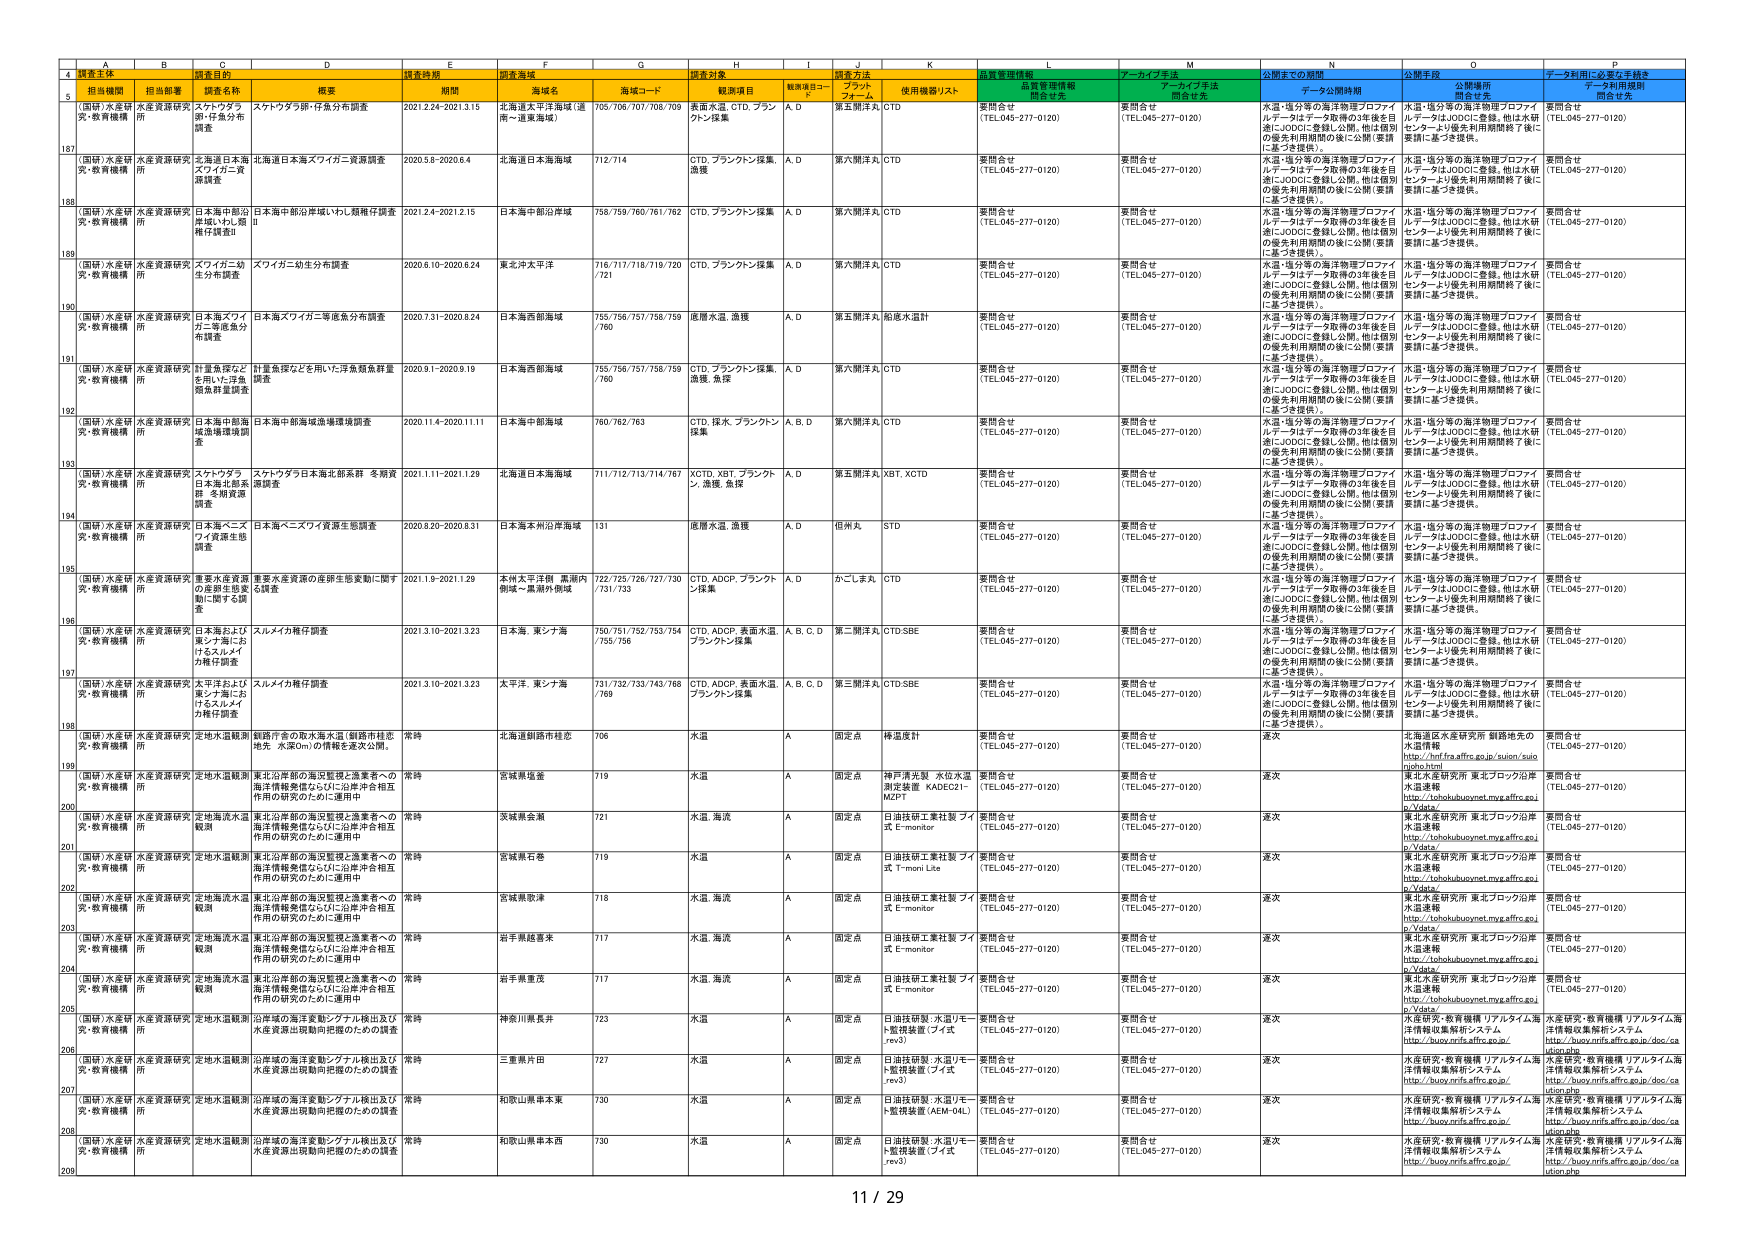
4 調査主体 調査目的 調査時期 調査海域 調査対象 調査方法 品質管理情報 アーカイブ方法 公開までの期間 公開手段 データ利用に必要な手続き
5 担当機関 担当部署 調査名称 概要 期間 海域名 海域コード 観測項目 観測項目コード プラット フォーム 使用機器/リスト 開示有無 開示有無 データ公開時期 公開場所 データ利用規程
187 （国研）水産研 究・教育機構 水産資源研究 所 北海道日本海 スフィンクス資 源調査 北海道日本海スフィンクス資源調査 2020.5.8-2020.6.4 北海道日本海海域 712/714 CTD、プランクトン採集、 漁獲 A, D 第六開洋丸 CTD 要問合せ （TEL.045-277-0120） 要問合せ （TEL.045-277-0120） 水温・塩分等の海洋物理プロファイ ルデータはデータ取得の3年後を目 指しJODCに登録し公開。他は個別 の優先利用期間の後に公開（要請 に基づき提供）。 水温・塩分等の海洋物理プロファイ ルデータはJODCに登録。他は水研 センターより優先利用期間終了後に 要請に基づき提供。 要問合せ （TEL.045-277-0120）
188 （国研）水産研 究・教育機構 水産資源研究 所 日本海中部沿 岸域いわし親 鯛仔謹査 日本海中部沿岸域いわし親鯛仔調査 2021.2.4-2021.2.15 日本海中部沿岸域 758/759/760/761/762 CTD、プランクトン採集 A, D 第六開洋丸 CTD 要問合せ （TEL.045-277-0120） 要問合せ （TEL.045-277-0120） 水温・塩分等の海洋物理プロファイ ルデータはデータ取得の3年後を目 指しJODCに登録し公開。他は個別 の優先利用期間の後に公開（要請 に基づき提供）。 水温・塩分等の海洋物理プロファイ ルデータはJODCに登録。他は水研 センターより優先利用期間終了後に 要請に基づき提供。 要問合せ （TEL.045-277-0120）
189 （国研）水産研 究・教育機構 水産資源研究 所 スフィンクス幼 生分布調査 スフィグニ幼生分布調査 2020.6.10-2020.6.24 東北沖太平洋 716/717/718/719/720 /721 CTD、プランクトン採集 A, D 第六開洋丸 CTD 要問合せ （TEL.045-277-0120） 要問合せ （TEL.045-277-0120） 水温・塩分等の海洋物理プロファイ ルデータはデータ取得の3年後を目 指しJODCに登録し公開。他は個別 の優先利用期間の後に公開（要請 に基づき提供）。 水温・塩分等の海洋物理プロファイ ルデータはJODCに登録。他は水研 センターより優先利用期間終了後に 要請に基づき提供。 要問合せ （TEL.045-277-0120）
190 （国研）水産研 究・教育機構 水産資源研究 所 日本海スフィ グニ等底魚分 布調査 日本海スフィグニ等底魚分布調査 2020.7.21-2020.8.24 日本海西部海域 755/756/757/758/759 /760 底層水温、漁獲 A, D 第五開洋丸 船載水温計 要問合せ （TEL.045-277-0120） 要問合せ （TEL.045-277-0120） 水温・塩分等の海洋物理プロファイ ルデータはデータ取得の3年後を目 指しJODCに登録し公開。他は個別 の優先利用期間の後に公開（要請 に基づき提供）。 水温・塩分等の海洋物理プロファイ ルデータはJODCに登録。他は水研 センターより優先利用期間終了後に 要請に基づき提供。 要問合せ （TEL.045-277-0120）
191 （国研）水産研 究・教育機構 水産資源研究 所 計量魚探など を用いた浮魚 類魚群調査 計量魚探などを用いた浮魚類魚群量 調査 2020.9.1-2020.9.19 日本海西部海域 755/756/757/758/759 /760 CTD、プランクトン採集、 漁獲、魚探 A, D 第六開洋丸 CTD 要問合せ （TEL.045-277-0120） 要問合せ （TEL.045-277-0120） 水温・塩分等の海洋物理プロファイ ルデータはデータ取得の3年後を目 指しJODCに登録し公開。他は個別 の優先利用期間の後に公開（要請 に基づき提供）。 水温・塩分等の海洋物理プロファイ ルデータはJODCに登録。他は水研 センターより優先利用期間終了後に 要請に基づき提供。 要問合せ （TEL.045-277-0120）
192 （国研）水産研 究・教育機構 水産資源研究 所 日本海中部海 域漁場環境調 査 日本海中部海域漁場環境調査 2020.11.4-2020.11.11 日本海中部海域 760/762/763 CTD、採水、プランクトン 採集 A, B, D 第六開洋丸 CTD 要問合せ （TEL.045-277-0120） 要問合せ （TEL.045-277-0120） 水温・塩分等の海洋物理プロファイ ルデータはデータ取得の3年後を目 指しJODCに登録し公開。他は個別 の優先利用期間の後に公開（要請 に基づき提供）。 水温・塩分等の海洋物理プロファイ ルデータはJODCに登録。他は水研 センターより優先利用期間終了後に 要請に基づき提供。 要問合せ （TEL.045-277-0120）
193 （国研）水産研 究・教育機構 水産資源研究 所 スケトウダラ 日本海北部系 群・冬期資源 調査 スケトウダラ日本海北部系群 冬期資 源調査 2021.1.11-2021.1.29 北海道日本海海域 711/712/713/714/767 XCTD、XBT、プランクト ン、漁獲、魚探 A, D 第五開洋丸 XBT、XCTD 要問合せ （TEL.045-277-0120） 要問合せ （TEL.045-277-0120） 水温・塩分等の海洋物理プロファイ ルデータはデータ取得の3年後を目 指しJODCに登録し公開。他は個別 の優先利用期間の後に公開（要請 に基づき提供）。 水温・塩分等の海洋物理プロファイ ルデータはJODCに登録。他は水研 センターより優先利用期間終了後に 要請に基づき提供。 要問合せ （TEL.045-277-0120）
194 （国研）水産研 究・教育機構 水産資源研究 所 日本海ベニス フイ資源生態 調査 日本海ベニスフィ資源生態調査 2020.8.20-2020.8.31 日本海本州沿岸海域 131 底層水温、漁獲 A, D 但洋丸 STD 要問合せ （TEL.045-277-0120） 要問合せ （TEL.045-277-0120） 水温・塩分等の海洋物理プロファイ ルデータはデータ取得の3年後を目 指しJODCに登録し公開。他は個別 の優先利用期間の後に公開（要請 に基づき提供）。 水温・塩分等の海洋物理プロファイ ルデータはJODCに登録。他は水研 センターより優先利用期間終了後に 要請に基づき提供。 要問合せ （TEL.045-277-0120）
195 （国研）水産研 究・教育機構 水産資源研究 所 重要水産資源 の産卵生態変 動に関する調 査 重要水産資源の産卵生態変動に関す る調査 2021.1.9-2021.1.29 北海太平洋域 黒潮内 側域～黒潮外側域 722/725/726/727/730 /731/733 CTD、ADCP、プランクト ン採集 A, D かごしま丸 CTD 要問合せ （TEL.045-277-0120） 要問合せ （TEL.045-277-0120） 水温・塩分等の海洋物理プロファイ ルデータはデータ取得の3年後を目 指しJODCに登録し公開。他は個別 の優先利用期間の後に公開（要請 に基づき提供）。 水温・塩分等の海洋物理プロファイ ルデータはJODCに登録。他は水研 センターより優先利用期間終了後に 要請に基づき提供。 要問合せ （TEL.045-277-0120）
196 （国研）水産研 究・教育機構 水産資源研究 所 日本海および 東シナ海にお けるスルメイ カ稚仔調査 スルメイカ稚仔調査 2021.3.10-2021.3.23 日本海、東シナ海 750/751/752/753/754 /755/756 CTD、ADCP、表面水温、 プランクトン採集 A, B, C, D 第二開洋丸 CTD,SBE 要問合せ （TEL.045-277-0120） 要問合せ （TEL.045-277-0120） 水温・塩分等の海洋物理プロファイ ルデータはデータ取得の3年後を目 指しJODCに登録し公開。他は個別 の優先利用期間の後に公開（要請 に基づき提供）。 水温・塩分等の海洋物理プロファイ ルデータはJODCに登録。他は水研 センターより優先利用期間終了後に 要請に基づき提供。 要問合せ （TEL.045-277-0120）
197 （国研）水産研 究・教育機構 水産資源研究 所 太平洋および 東シナ海にお けるスルメイ カ稚仔調査 スルメイカ稚仔調査 2021.3.10-2021.3.23 太平洋、東シナ海 721/732/733/743/768 /769 CTD、ADCP、表面水温、 プランクトン採集 A, B, C, D 第三開洋丸 CTD,SBE 要問合せ （TEL.045-277-0120） 要問合せ （TEL.045-277-0120） 水温・塩分等の海洋物理プロファイ ルデータはデータ取得の3年後を目 指しJODCに登録し公開。他は個別 の優先利用期間の後に公開（要請 に基づき提供）。 水温・塩分等の海洋物理プロファイ ルデータはJODCに登録。他は水研 センターより優先利用期間終了後に 要請に基づき提供。 要問合せ （TEL.045-277-0120）
198 （国研）水産研 究・教育機構 水産資源研究 所 定地水温観測 釧路庁舎の取水海水温（釧路市桂忠 地先 水深0m）の情報を逐次公開。 常時 北海道釧路市桂忠 706 水温 A 固定点 神通度計 要問合せ （TEL.045-277-0120） 要問合せ （TEL.045-277-0120） 逐次 北海道区水産研究所 釧路地先の 水温情報 http://hnffra.affrc.go.jp/suion/saio n/gho.html 要問合せ （TEL.045-277-0120）
199 （国研）水産研 究・教育機構 水産資源研究 所 定地水温観測 東北沿岸部の海況監視と漁業者への 海洋情報発信ならびに沿岸中合相互 作用の研究のために運用中 常時 宮城県塩釜 719 水温 A 固定点 神戸清光製 水位水温 測定装置 KADE21- M2PT 要問合せ （TEL.045-277-0120） 要問合せ （TEL.045-277-0120） 逐次 東北水産研究所 東北ブロック沿岸 水温連報 http://tohoku.buoyynet.myv.affrc.go.j p/Vdata 要問合せ （TEL.045-277-0120）
200 （国研）水産研 究・教育機構 水産資源研究 所 定地海流水温 観測 東北沿岸部の海況監視と漁業者への 海洋情報発信ならびに沿岸中合相互 作用の研究のために運用中 常時 茨城県金島 721 水温、海流 A 固定点 日通技研工業社製 フイ ズ E-monitor 要問合せ （TEL.045-277-0120） 要問合せ （TEL.045-277-0120） 逐次 東北水産研究所 東北ブロック沿岸 水温連報 http://tohoku.buoyynet.myv.affrc.go.j p/Vdata 要問合せ （TEL.045-277-0120）
201 （国研）水産研 究・教育機構 水産資源研究 所 定地水温観測 東北沿岸部の海況監視と漁業者への 海洋情報発信ならびに沿岸中合相互 作用の研究のために運用中 常時 宮城県石巻 719 水温 A 固定点 日通技研工業社製 フイ ズ T-moni Lite 要問合せ （TEL.045-277-0120） 要問合せ （TEL.045-277-0120） 逐次 東北水産研究所 東北ブロック沿岸 水温連報 http://tohoku.buoyynet.myv.affrc.go.j p/Vdata 要問合せ （TEL.045-277-0120）
202 （国研）水産研 究・教育機構 水産資源研究 所 定地海流水温 観測 東北沿岸部の海況監視と漁業者への 海洋情報発信ならびに沿岸中合相互 作用の研究のために運用中 常時 宮城県歌津 718 水温、海流 A 固定点 日通技研工業社製 フイ ズ E-monitor 要問合せ （TEL.045-277-0120） 要問合せ （TEL.045-277-0120） 逐次 東北水産研究所 東北ブロック沿岸 水温連報 http://tohoku.buoyynet.myv.affrc.go.j p/Vdata 要問合せ （TEL.045-277-0120）
203 （国研）水産研 究・教育機構 水産資源研究 所 定地海流水温 観測 東北沿岸部の海況監視と漁業者への 海洋情報発信ならびに沿岸中合相互 作用の研究のために運用中 常時 岩手県越巻来 717 水温、海流 A 固定点 日通技研工業社製 フイ ズ E-monitor 要問合せ （TEL.045-277-0120） 要問合せ （TEL.045-277-0120） 逐次 東北水産研究所 東北ブロック沿岸 水温連報 http://tohoku.buoyynet.myv.affrc.go.j p/Vdata 要問合せ （TEL.045-277-0120）
204 （国研）水産研 究・教育機構 水産資源研究 所 定地海流水温 観測 東北沿岸部の海況監視と漁業者への 海洋情報発信ならびに沿岸中合相互 作用の研究のために運用中 常時 岩手県重茂 717 水温、海流 A 固定点 日通技研工業社製 フイ ズ E-monitor 要問合せ （TEL.045-277-0120） 要問合せ （TEL.045-277-0120） 逐次 東北水産研究所 東北ブロック沿岸 水温連報 http://tohoku.buoyynet.myv.affrc.go.j p/Vdata 要問合せ （TEL.045-277-0120）
205 （国研）水産研 究・教育機構 水産資源研究 所 定地水温観測 沿岸域の海洋変動シグナル検出及び 水産資源出現動向把握のための調査 常時 神奈川県長井 723 水温 A 固定点 日通技研製・水温リモー ト監視装置（ブイ式 rev3） 要問合せ （TEL.045-277-0120） 要問合せ （TEL.045-277-0120） 逐次 水産研究・教育機構 リアルタイム海 洋情報収集解析システム http://buoy.nrfis.affrc.go.jp/ vision.php 水産研究・教育機構 リアルタイム海 洋情報収集解析システム http://buoy.nrfis.affrc.go.jp/doc/ca
206 （国研）水産研 究・教育機構 水産資源研究 所 定地水温観測 沿岸域の海洋変動シグナル検出及び 水産資源出現動向把握のための調査 常時 三重県片田 727 水温 A 固定点 日通技研製・水温リモー ト監視装置（ブイ式 rev3） 要問合せ （TEL.045-277-0120） 要問合せ （TEL.045-277-0120） 逐次 水産研究・教育機構 リアルタイム海 洋情報収集解析システム http://buoy.nrfis.affrc.go.jp/ vision.php 水産研究・教育機構 リアルタイム海 洋情報収集解析システム http://buoy.nrfis.affrc.go.jp/doc/ca
207 （国研）水産研 究・教育機構 水産資源研究 所 定地水温観測 沿岸域の海洋変動シグナル検出及び 水産資源出現動向把握のための調査 常時 和歌山県串本東 730 水温 A 固定点 日通技研製・水温リモー ト監視装置（AEM-04L） 要問合せ （TEL.045-277-0120） 要問合せ （TEL.045-277-0120） 逐次 水産研究・教育機構 リアルタイム海 洋情報収集解析システム http://buoy.nrfis.affrc.go.jp/ vision.php 水産研究・教育機構 リアルタイム海 洋情報収集解析システム http://buoy.nrfis.affrc.go.jp/doc/ca
208 （国研）水産研 究・教育機構 水産資源研究 所 定地水温観測 沿岸域の海洋変動シグナル検出及び 水産資源出現動向把握のための調査 常時 和歌山県串本西 730 水温 A 固定点 日通技研製・水温リモー ト監視装置（ブイ式 rev3） 要問合せ （TEL.045-277-0120） 要問合せ （TEL.045-277-0120） 逐次 水産研究・教育機構 リアルタイム海 洋情報収集解析システム http://buoy.nrfis.affrc.go.jp/ vision.php 水産研究・教育機構 リアルタイム海 洋情報収集解析システム http://buoy.nrfis.affrc.go.jp/doc/ca
209 11 / 29